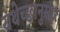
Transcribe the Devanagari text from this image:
यथेच्छानुसार